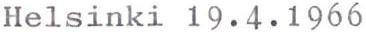
Helsinki 19.4.1966